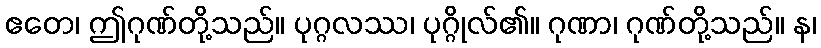
ဧတေ၊ ဤဂုဏ်တို့သည်။ ပုဂ္ဂလဿ၊ ပုဂ္ဂိုလ်၏။ ဂုဏာ၊ ဂုဏ်တို့သည်။ န၊